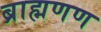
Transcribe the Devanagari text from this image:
ब्राह्मणण